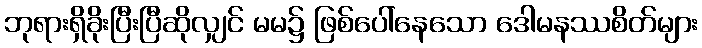
ဘုရားရှိခိုးပြီးပြီဆိုလျှင် မမ၌ ဖြစ်ပေါ်နေသော ဒေါမနဿစိတ်များ